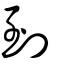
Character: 到